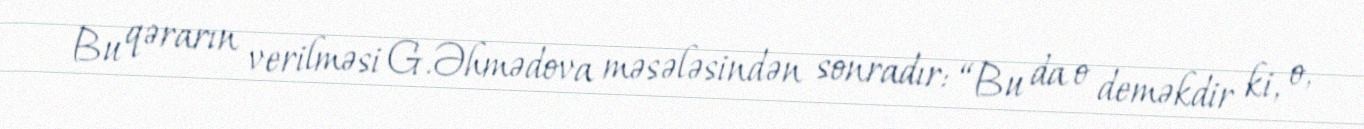
Bu qərarın verilməsi G.Əhmədova məsələsindən sonradır: “Bu da o deməkdir ki, o,